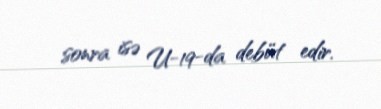
sonra isə U-19-da debüt edir.